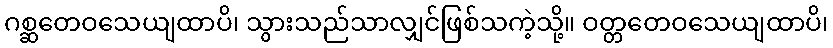
ဂစ္ဆတေဝသေယျထာပိ၊ သွားသည်သာလျှင်ဖြစ်သကဲ့သို့။ ဝတ္တတေဝသေယျထာပိ၊